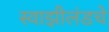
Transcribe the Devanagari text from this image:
स्वाझीलंडचे